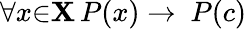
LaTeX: \forall{x}{\in}\mathbf{X}\, P(x)\to\ P(c)